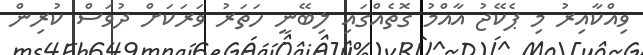
ވިއްކާއިރު މި ޕެކޭޖު އާއްމު ގޮތެއްގައި ލިބޭނީ ހަތަރު ވަރަކަަށް ދުވަސް ކުރިން